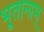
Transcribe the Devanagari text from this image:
भूतानाम्